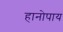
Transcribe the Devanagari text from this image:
हानोपाय